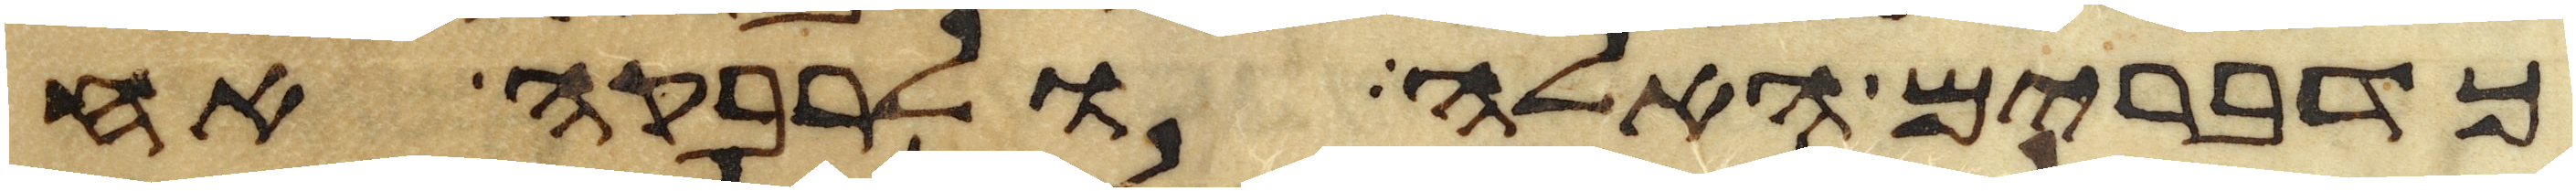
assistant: כדברים האלה ולרבקה אח